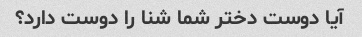
آیا دوست دختر شما شنا را دوست دارد؟